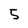
Character: 5